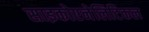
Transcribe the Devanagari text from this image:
साइकोएनेलिटिकल